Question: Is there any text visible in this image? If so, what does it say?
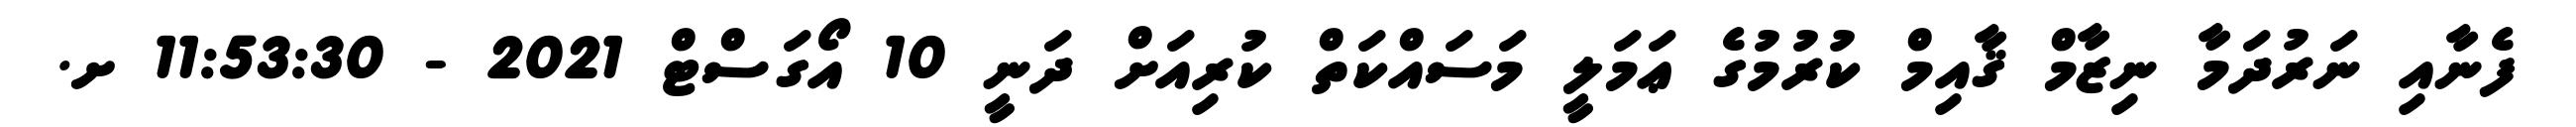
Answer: ފެނާއި ނަރުދަމާ ނިޒާމް ޤާއިމް ކުރުމުގެ ޢަމަލީ މަސައްކަތް ކުރިއަށް ދަނީ 10 އޯގަސްޓް 2021 - 11:53:30 ށ.